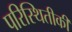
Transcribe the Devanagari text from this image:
परिस्थितीकी